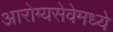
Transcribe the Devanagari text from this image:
आरोग्यसेवेमध्ये